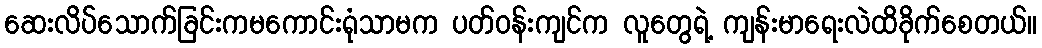
ဆေးလိပ်သောက်ခြင်းကမကောင်းရုံသာမက ပတ်ဝန်းကျင်က လူတွေရဲ့ ကျန်းမာရေးလဲထိခိုက်စေတယ်။